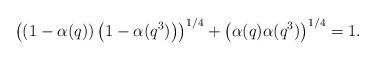
LaTeX: \begin{align*}\left(\left(1-\alpha(q)\right)\left(1-\alpha(q^3)\right)\right)^{1/4}+\left(\alpha(q)\alpha(q^3)\right)^{1/4}=1.\end{align*}